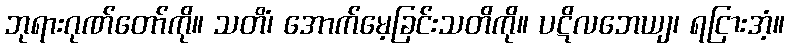
ဘုရားဂုဏ်တော်ကို။ သတိံ၊ အောက်မေ့ခြင်းသတိကို။ ပဋိလဘေယျ၊ ရငြားအံ့။